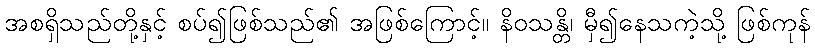
အစရှိသည်တို့နှင့် စပ်၍ဖြစ်သည်၏ အဖြစ်ကြောင့်။ နိဝသန္တိ၊ မှီ၍နေသကဲ့သို့ ဖြစ်ကုန်